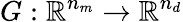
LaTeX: G:\mathbb{R}^{n_{m}}\rightarrow\mathbb{R}^{n_{d}}